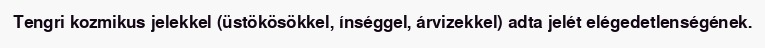
Tengri kozmikus jelekkel (üstökösökkel, ínséggel, árvizekkel) adta jelét elégedetlenségének.